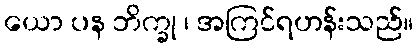
ယော ပန ဘိက္ခု ၊ အကြင်ရဟန်းသည်။